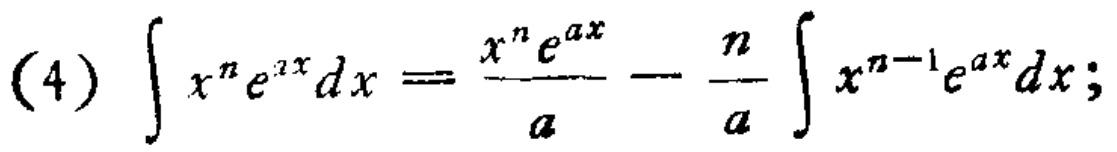
(4) \(\int x^{n}e^{ax}dx=\frac{x^{n}e^{ax}}{a}-\frac{n}{a}\int x^{n - 1}e^{ax}dx\);